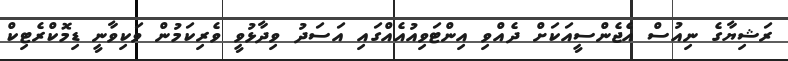
ރަޝިޔާގެ ނިއުސް އެޖެންސީއަކަށް ދެއްވި އިންޓަވިއުއެއްގައި އަސަދު ވިދާޅުވީ ވެރިކަމުން ވަކިވާނީ ޑިމޮކްރެޓިކް